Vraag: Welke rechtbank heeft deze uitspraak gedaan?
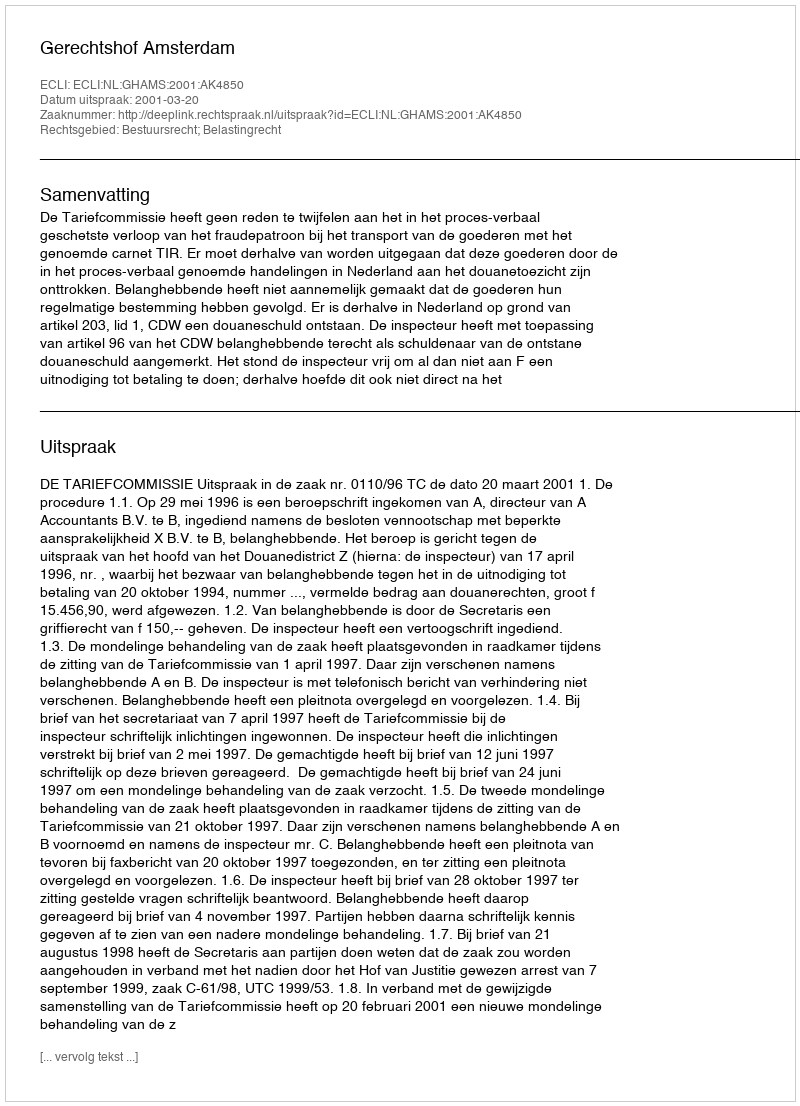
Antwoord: Gerechtshof Amsterdam